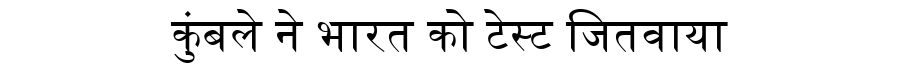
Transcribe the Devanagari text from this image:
कुंबले ने भारत को टेस्ट जितवाया